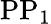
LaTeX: \mathrm{PP_{1}}